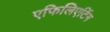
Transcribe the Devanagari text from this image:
एफिलिएटिंग